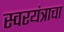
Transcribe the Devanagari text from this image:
स्वरयंत्राचा